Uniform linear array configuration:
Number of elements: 12
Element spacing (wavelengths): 0.75
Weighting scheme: binomial
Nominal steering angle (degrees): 45
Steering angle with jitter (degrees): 46.423
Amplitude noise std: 0.05
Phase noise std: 0.05

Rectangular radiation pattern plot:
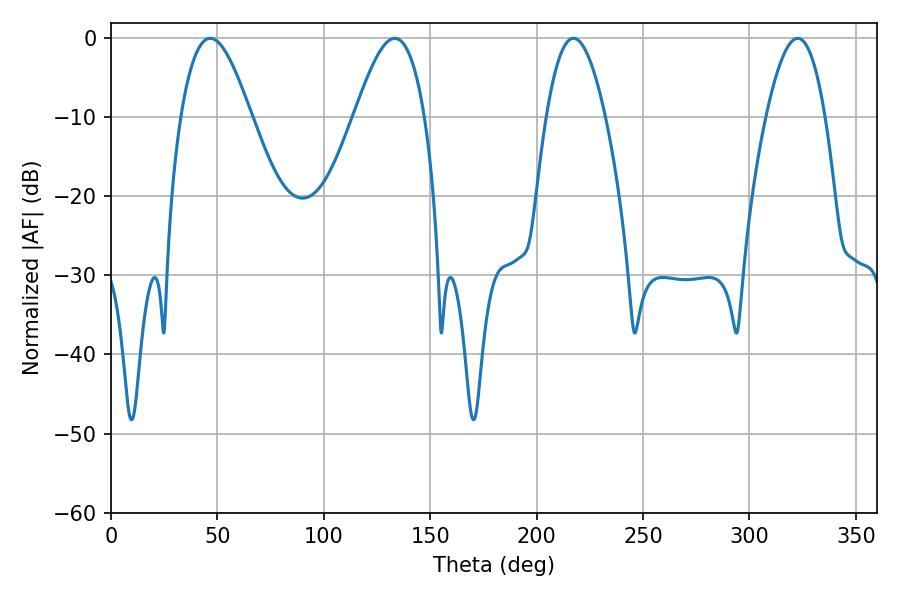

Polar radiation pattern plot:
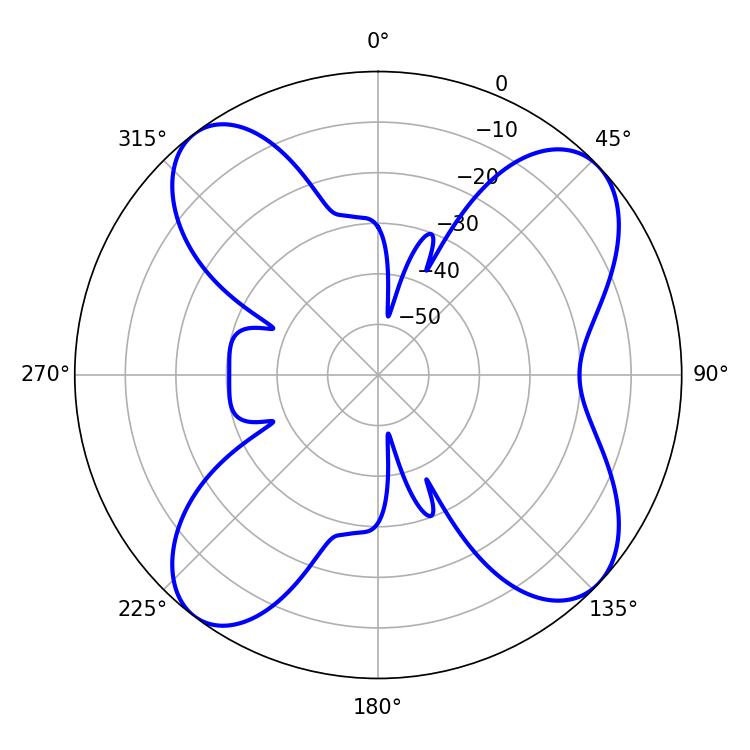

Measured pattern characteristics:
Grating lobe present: TRUE
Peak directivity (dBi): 10.927
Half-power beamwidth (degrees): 17.82
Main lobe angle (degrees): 46.62